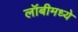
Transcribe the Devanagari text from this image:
लॉबीमध्ये